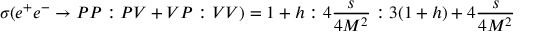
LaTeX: \sigma ( e ^ { + } e ^ { - } \rightarrow P P : P V + V P : V V ) = 1 + h : 4 \frac { s } { 4 M ^ { 2 } } : 3 ( 1 + h ) + 4 \frac { s } { 4 M ^ { 2 } }